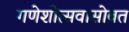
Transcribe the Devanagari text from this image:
गणेशोत्सवासोबत